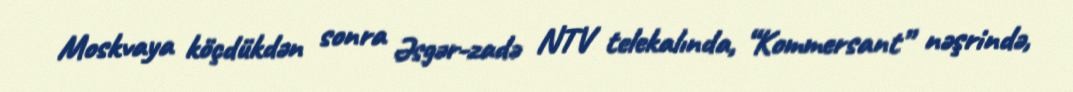
Moskvaya köçdükdən sonra Əsgər-zadə NTV telekalında, “Kommersant” nəşrində,